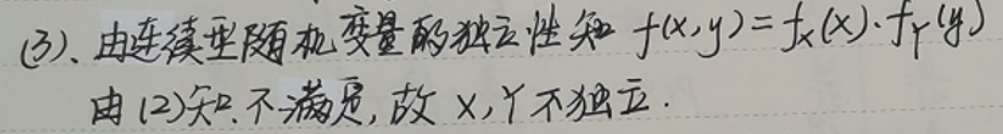
(3)、由连续型随机变量的独立性知 $f(x,y)=f_X(x)\cdot f_Y(y)$
由(2)知不满足, 故 $X,Y$ 不独立.